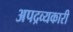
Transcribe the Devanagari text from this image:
अपद्रव्यकारी